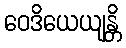
ဝေဒိယေယျန္တိ